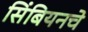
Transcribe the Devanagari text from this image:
सिंबियनचे